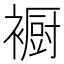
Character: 𮖳